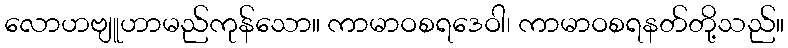
လောဟဗျူဟာမည်ကုန်သော။ ကာမာဝစရဒေဝါ၊ ကာမာဝစရနတ်တို့သည်။